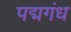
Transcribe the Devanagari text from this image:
पद्मगंध